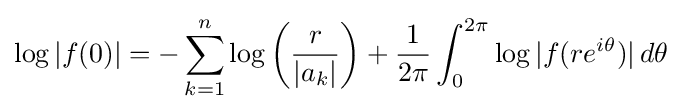
\log |f(0)|=-\sum _{k=1}^{n}\log \left({\frac {r}{|a_{k}|}}\right)+{\frac {1}{2\pi }}\int _{0}^{2\pi }\log |f(re^{i\theta })|\,d\theta